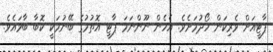
ޕާޓީއަށް ވެރިކަން ހޯދުމަށެވެ. އެހެން ނޫންނަމަ ޕާޓީ އޮތުމުގެ ބޭނުމަކީ ކޮބާ ބާވައެވެ.